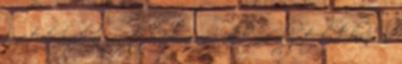
vezetik ezek a vizet? Már csináltam ilyet buliban és